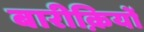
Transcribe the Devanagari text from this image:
बारीक़ियों